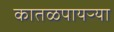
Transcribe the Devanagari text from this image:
कातळपायऱ्या